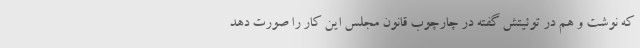
که نوشت و هم در توئیتش گفته در چارچوب قانون مجلس این کار را صورت دهد